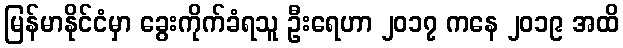
မြန်မာနိုင်ငံမှာ ခွေးကိုက်ခံရသူ ဦးရေဟာ ၂၀၁၇ ကနေ ၂၀၁၉ အထိ